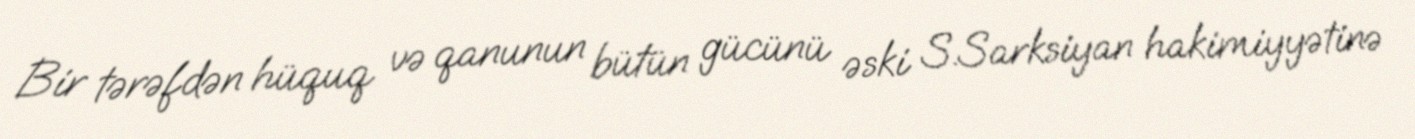
Bir tərəfdən hüquq və qanunun bütün gücünü əski S.Sarksiyan hakimiyyətinə